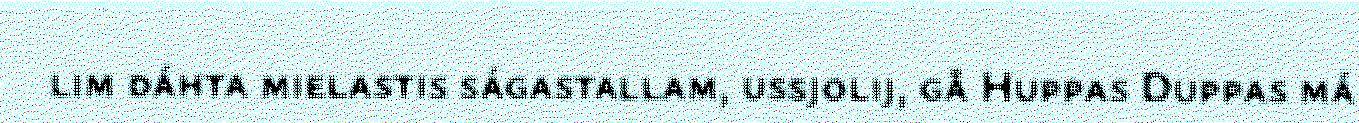
lim dáhta mielastis ságastallam, ussjolij, gå Huppas Duppas má